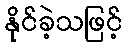
နိုင်ခဲ့သဖြင့်